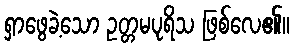
ရှာဖွေခဲ့သော ဥတ္တမပုရိသ ဖြစ်လေ၏။